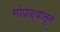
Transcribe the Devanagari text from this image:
भोपळ्यातुन